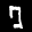
Label: 7